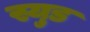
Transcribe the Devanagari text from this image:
स्युड